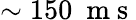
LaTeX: \sim 150~\mathrm{~m~s~}